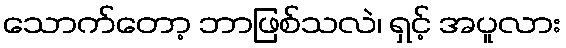
သောက်တော့ ဘာဖြစ်သလဲ၊ ရှင့် အပူလား